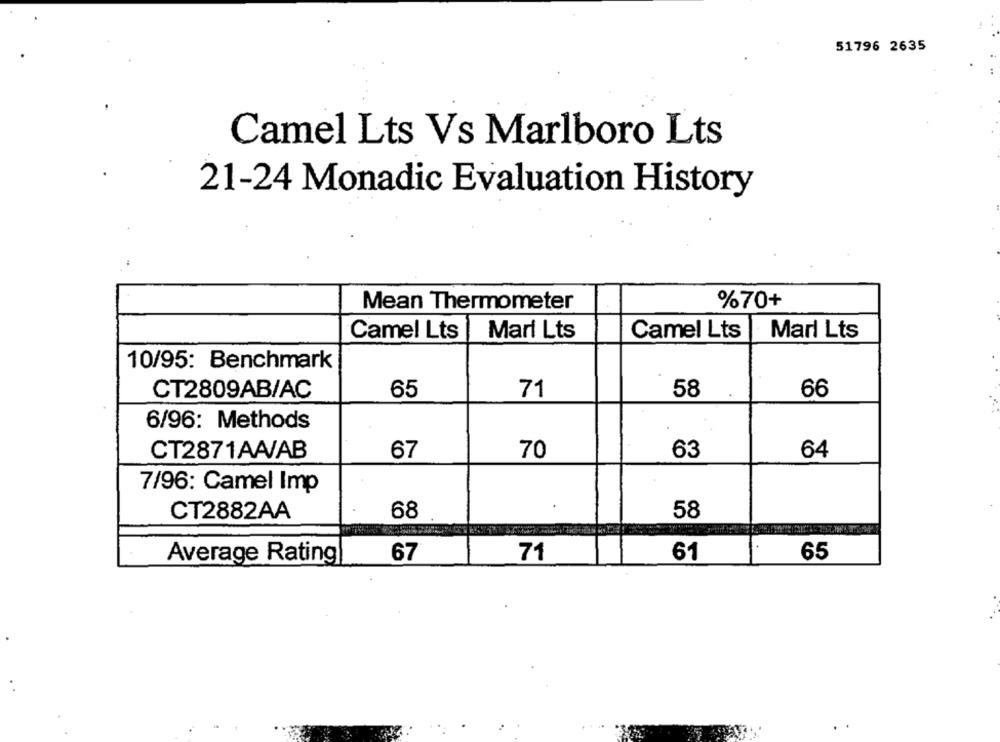
51796 2635
Camel Lts Vs Marlboro Lts
21-24 Monadic Evaluation History
%70+
Mean Thermometer
Camel Lts
Mari Lts
Camel Lts
Marl Lts
10/95: Benchmark
CT2809AB/AC
65
71
58
66
6/96: Methods
63
CT2871AA/AB
67
70
64
7/96: Camel Imp
68
CT2882AA
58
1.
67
61
65
Average Rating
71